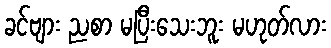
ခင်ဗျား ညစာ မပြီးသေးဘူး မဟုတ်လား